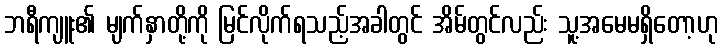
ဘရီကျူး၏ မျက်နှာတို့ကို မြင်လိုက်ရသည့်အခါတွင် အိမ်တွင်လည်း သူ့အမေမရှိတော့ဟု